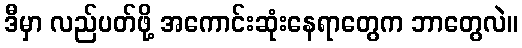
ဒီမှာ လည်ပတ်ဖို့ အကောင်းဆုံးနေရာတွေက ဘာတွေလဲ။